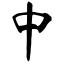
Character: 中